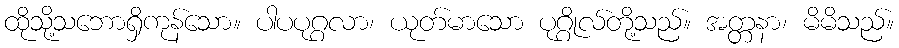
ထိုသို့သဘောရှိကုန်သော။ ပါပပုဂ္ဂလာ၊ ယုတ်မာသော ပုဂ္ဂိုလ်တို့သည်။ အတ္တနာ၊ မိမိသည်။